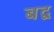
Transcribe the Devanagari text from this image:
बद्व